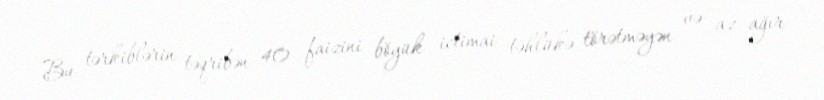
Bu tərkiblərin təqribən 40 faizini böyük ictimai təhlükə törətməyən və az ağır